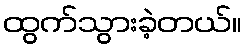
ထွက်သွားခဲ့တယ်။